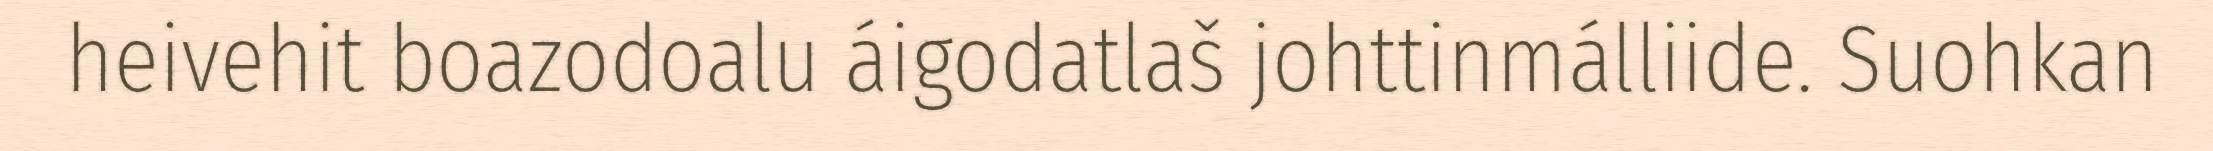
heivehit boazodoalu áigodatlaš johttinmálliide. Suohkan